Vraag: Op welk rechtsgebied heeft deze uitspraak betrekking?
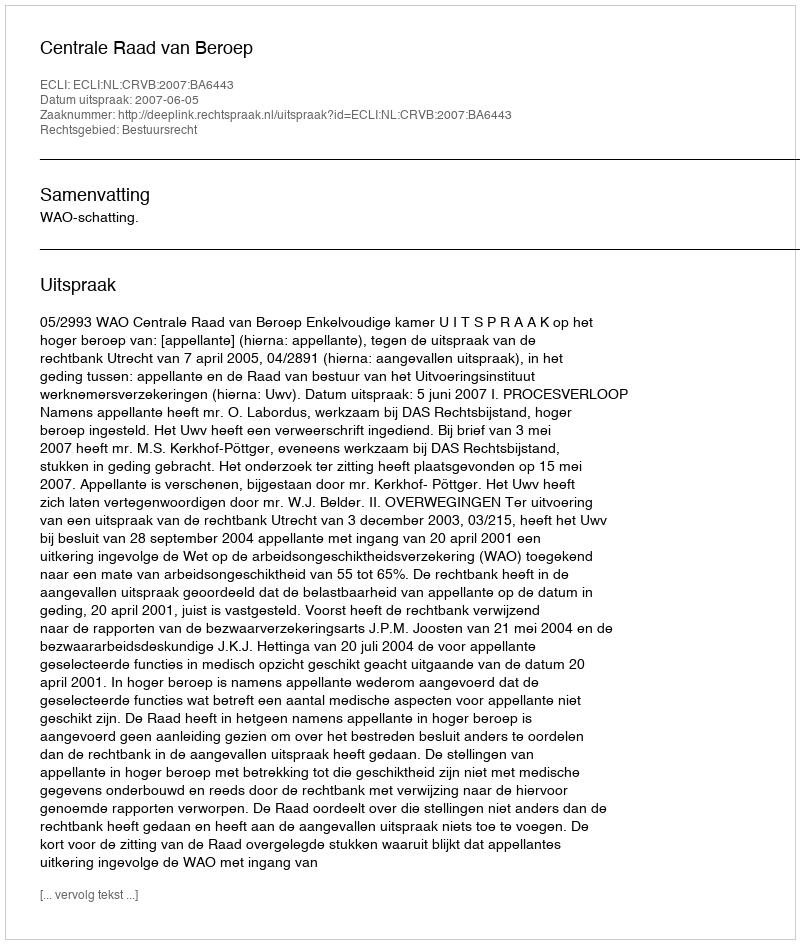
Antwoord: Bestuursrecht